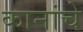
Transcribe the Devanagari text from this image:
कानांचे